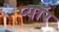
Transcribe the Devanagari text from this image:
प्यॉर